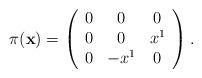
LaTeX: \begin{align*}\pi({\bf x})=\left( \begin{array}{ccc} 0&0&0\\0&0&x^1\\0&-x^1&0\\ \end{array}\right).\end{align*}